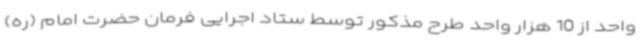
واحد از 10 هزار واحد طرح مذکور توسط ستاد اجرایی فرمان حضرت امام (ره)